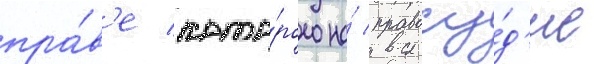
пра́в'е кото́рого на́ правосу́д'ие